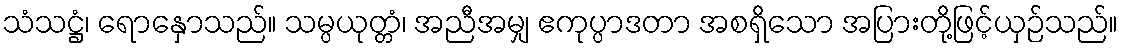
သံသဋ္ဌံ၊ ရောနှောသည်။ သမ္ပယုတ္တံ၊ အညီအမျှ ဧကုပ္ပာဒတာ အစရှိသော အပြားတို့ဖြင့်ယှဉ်သည်။